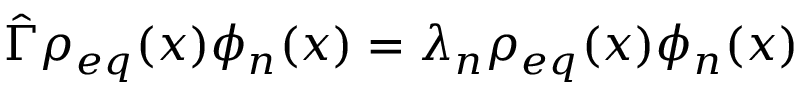
\hat { \Gamma } \rho _ { e q } ( x ) \phi _ { n } ( x ) = \lambda _ { n } \rho _ { e q } ( x ) \phi _ { n } ( x )